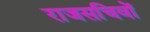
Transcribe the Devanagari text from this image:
राजसचिवों